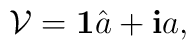
\mathcal{V} = {\mbox{\bf 1}} \hat{a} + {\mbox{\bf i}}a,